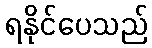
ရနိုင်ပေသည်